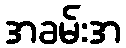
အခမ်းအ